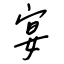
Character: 宴